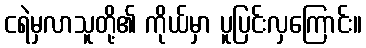
ငရဲမှလာသူတို့၏ ကိုယ်မှာ ပူပြင်းလှကြောင်း။